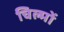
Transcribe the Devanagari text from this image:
चिल्मों